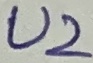
Text: U2